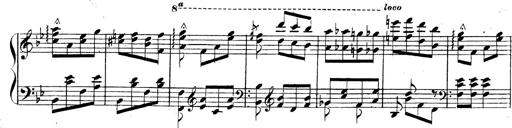
Title: 3 Caprices-Valses
Composer: Franz Liszt